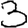
Digit: 3